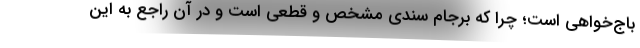
باج‌خواهی است؛ چرا که برجام سندی مشخص و قطعی است و در آن راجع به این